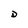
Character: D